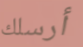
أرسلك